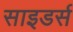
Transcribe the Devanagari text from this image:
साइडर्स